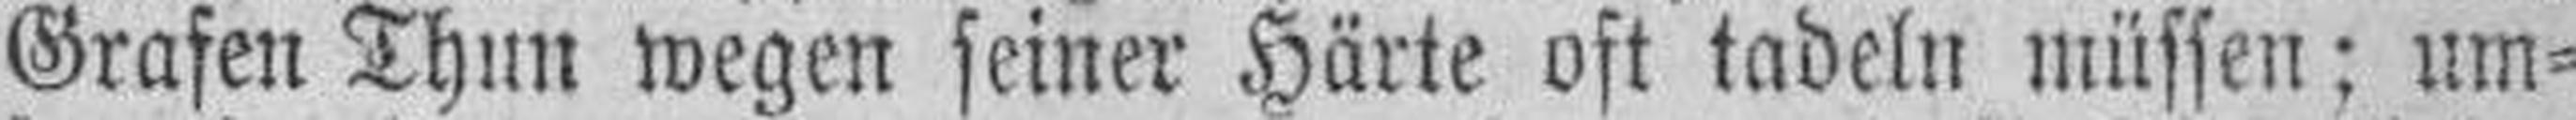
Grafen Thun wegen seiner Härte oft tadeln müssen; um¬